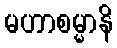
မဟာစမ္မာနိ